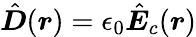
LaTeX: \hat{\boldsymbol D}(\boldsymbol r)=\epsilon_{0}\hat{\boldsymbol E}_{c}(\boldsymbol r)